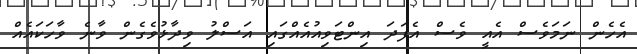
އެހެން ނަމަވެސް އެއީ ވެސް އެފަދަ އިންޓަވިއުއެއްގައި އަސްލު ވިދާޅުވެގެން ވާނެ ވާހަކައެއް